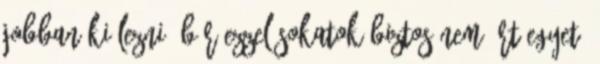
jobban kiélezni, bár ezzel sokatok biztos nem ért egyet.